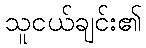
သူငယ်ချင်း၏